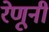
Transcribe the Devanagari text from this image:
रेणूनी